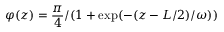
\varphi ( z ) = \frac { \pi } { 4 } / ( 1 + \exp ( - ( z - L / 2 ) / \omega ) )